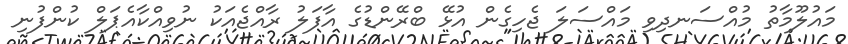
މައުލޫމާތު މުއްސަނދިވި މައްސަލަ ޖެހިގެން އުޅޭ ބްރޭންޑުގެ އާފަލު ރާއްޖެއަކު ނުވިއްކާއެޕަލް ކުންފުނި